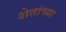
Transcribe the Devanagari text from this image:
शेतांच्या